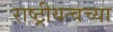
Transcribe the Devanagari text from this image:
राष्ट्रीयत्वच्या